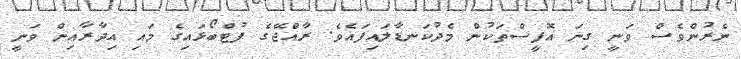
ނެރުންވެސް ވަނީ ގިނަ އޮފީސްތަކުން މެދުކަނޑާލައިފައެވެ. ރާއްޖޭގެ ފުޓްބޯޅައިގެ މައި އިދާރާއިން ވަނީ